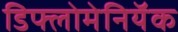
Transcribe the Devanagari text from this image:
डिफ्लोमेनियॅक